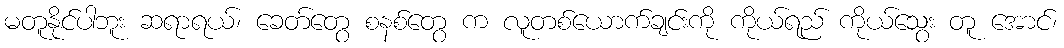
မတူနိုင်ပါဘူး ဆရာရယ်၊ ခေတ်တွေ စနစ်တွေ က လူတစ်ယောက်ချင်းကို ကိုယ်ရည် ကိုယ်သွေး တူ အောင်၊